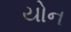
યોન